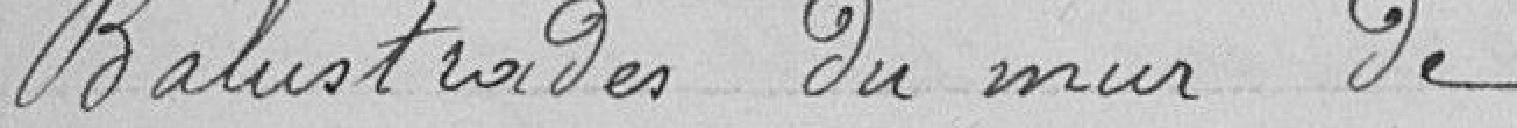
Balustrades du mur de